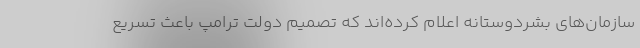
سازمان‌های بشردوستانه اعلام کرده‌اند که تصمیم دولت ترامپ باعث تسریع